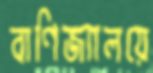
বাণিজ্যালয়ে